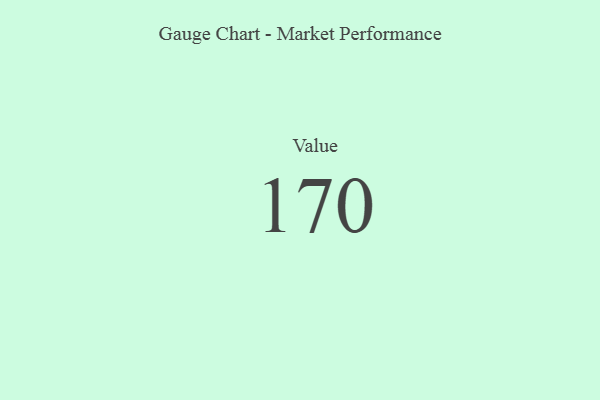
{"axis": {"x": "Metric", "y": "Value"}, "legend": [""], "data": [{"x": "Value", "y": 170, "type": ""}]}